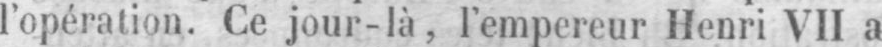
l’opération Ce jour-là, l’empereur Henri VII a